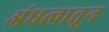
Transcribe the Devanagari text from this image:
अंधत्वातून